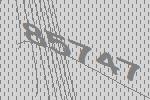
85747